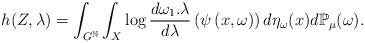
LaTeX: \begin{align*}h(Z,\lambda)=\int_{G^{\mathbb{N}}}\int_{X}\log\frac{d\omega_{1}.\lambda}{d\lambda}\left(\psi\left(x,\omega\right)\right)d\eta_{\omega}(x)d\mathbb{P}_{\mu}(\omega).\end{align*}